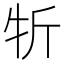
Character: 㸫